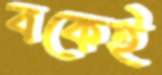
বকেই